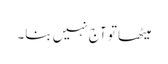
میٹھا تو آج نہیں بنا۔